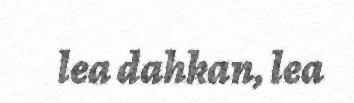
lea dahkan, lea